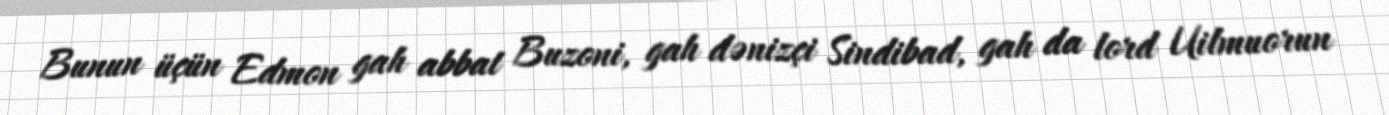
Bunun üçün Edmon gah abbat Buzoni, gah dənizçi Sindibad, gah da lord Uilmuorun